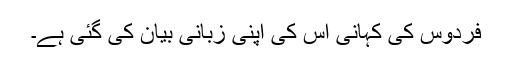
فردوس کی کہانی اس کی اپنی زبانی بیان کی گئی ہے۔